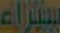
بيتراء